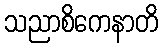
သညာစိကေနာတိ